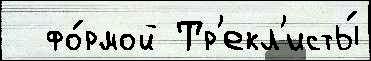
  фо́рмой Тр'екл'исты́